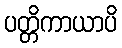
ပတ္တိကာယာပိ